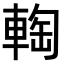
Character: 𨌨